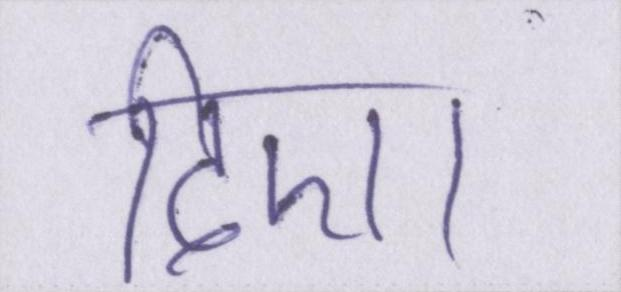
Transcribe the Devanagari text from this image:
दिए।